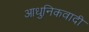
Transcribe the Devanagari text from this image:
आधुनिकवादी